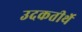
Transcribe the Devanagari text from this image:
उदकतीर्थे